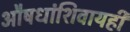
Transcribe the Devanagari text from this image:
औषधांशिवायही